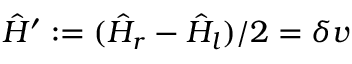
\hat { H } ^ { \prime } : = ( \hat { H } _ { r } - \hat { H } _ { l } ) / 2 = \delta v